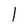
Character: 1